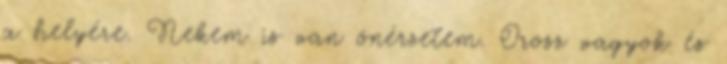
a helyére. Nekem is van önérzetem. Orosz vagyok és